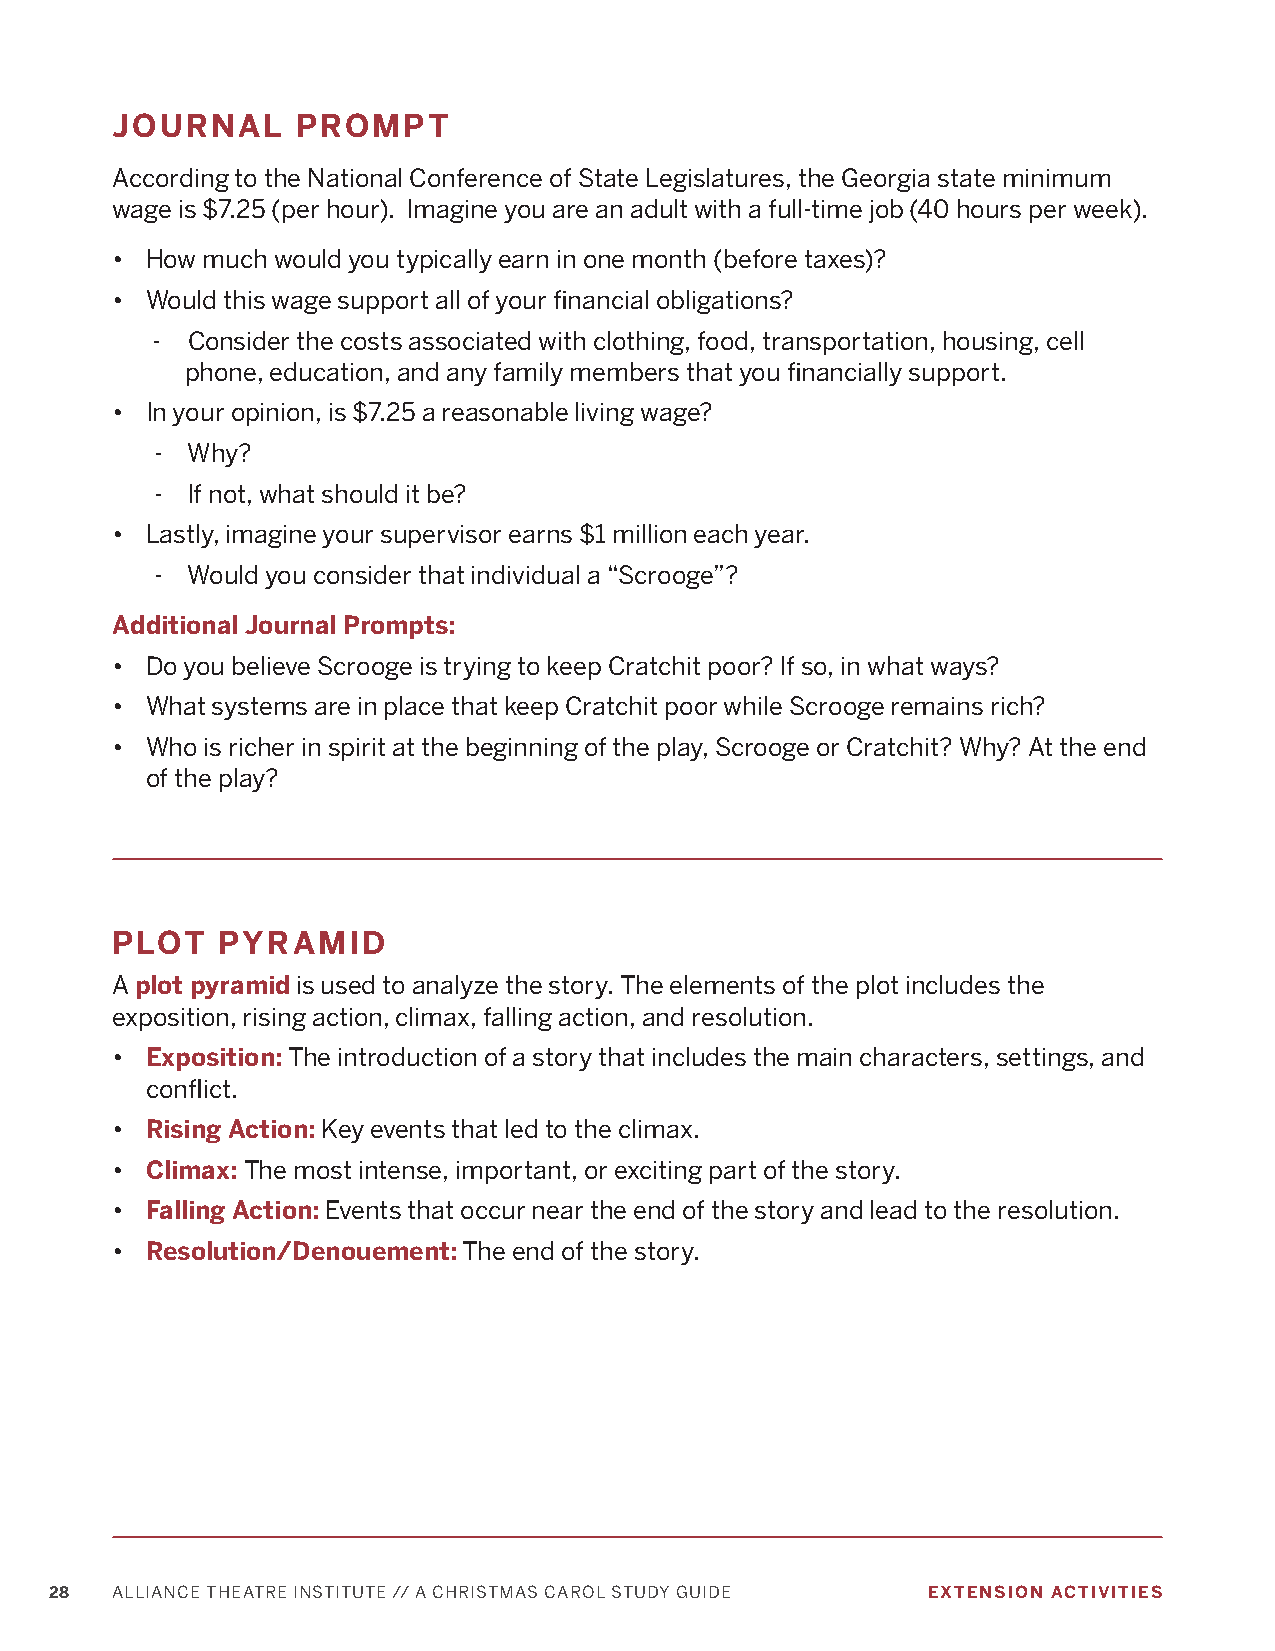
JOURNAL      PROMPT
 According to the National Conference of State Legislatures, the Georgia state minimum
 wage is $7.25 (per hour). Imagine you are an adult with a full-time job (40 hours per week).
 •  How much would you typically earn in one month (before taxes)?
 •  Would this wage support all of your financial obligations?
 - Consider the costs associated with clothing, food, transportation, housing, cell
 phone, education, and any family members that you financially support.
 •  In your opinion, is $7.25 a reasonable living wage?
 - Why?
 - If not, what should it be?
 •  Lastly, imagine your supervisor earns $1 million each year.
 - Would you consider that individual a “Scrooge”?
 Additional Journal Prompts:
 •  Do you believe Scrooge is trying to keep Cratchit poor? If so, in what ways?
 •  What systems are in place that keep Cratchit poor while Scrooge remains rich?
 •  Who is richer in spirit at the beginning of the play, Scrooge or Cratchit? Why? At the end
 of the play?
 PLOT    PYRAMID
 A plot pyramid is used to analyze the story. The elements of the plot includes the
 exposition, rising action, climax, falling action, and resolution.
 •  Exposition: The introduction of a story that includes the main characters, settings, and
 conflict.
 •  Rising Action: Key events that led to the climax.
 •  Climax: The most intense, important, or exciting part of the story.
 •  Falling Action: Events that occur near the end of the story and lead to the resolution.
 •  Resolution/Denouement: The end of the story.
 28  ALLIANCE THEATRE INSTITUTE // A CHRISTMAS CAROL STUDY GUIDE EXTENSION ACTIVITIES